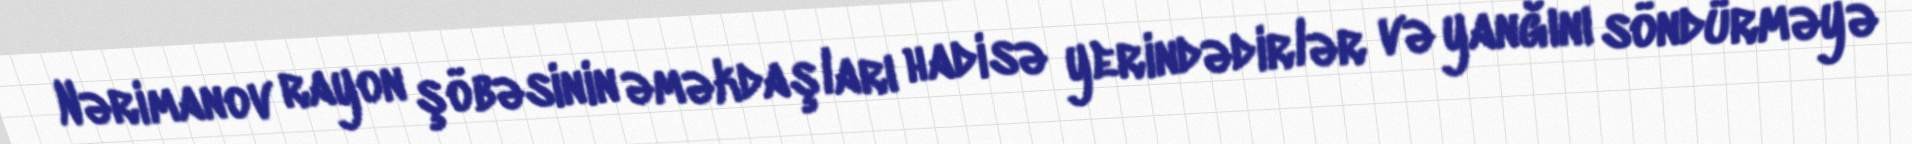
Nərimanov rayon şöbəsinin əməkdaşları hadisə yerindədirlər və yanğını söndürməyə